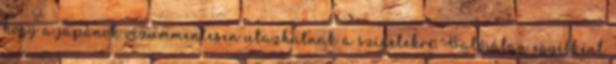
hogy a japánok vízummentesen utazhatnak a szigetekre. Valójában egyébként